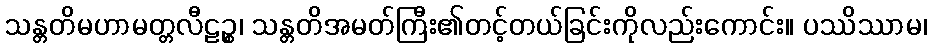
သန္တတိမဟာမတ္တလီဠဉ္စ၊ သန္တတိအမတ်ကြီး၏တင့်တယ်ခြင်းကိုလည်းကောင်း။ ပဿိဿာမ၊